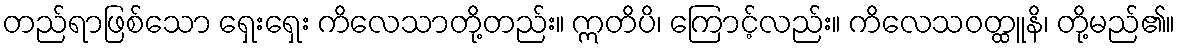
တည်ရာဖြစ်သော ရှေးရှေး ကိလေသာတို့တည်း။ ဣတိပိ၊ ကြောင့်လည်း။ ကိလေသဝတ္ထူနိ၊ တို့မည်၏။